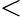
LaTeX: \mathrm{\textless}